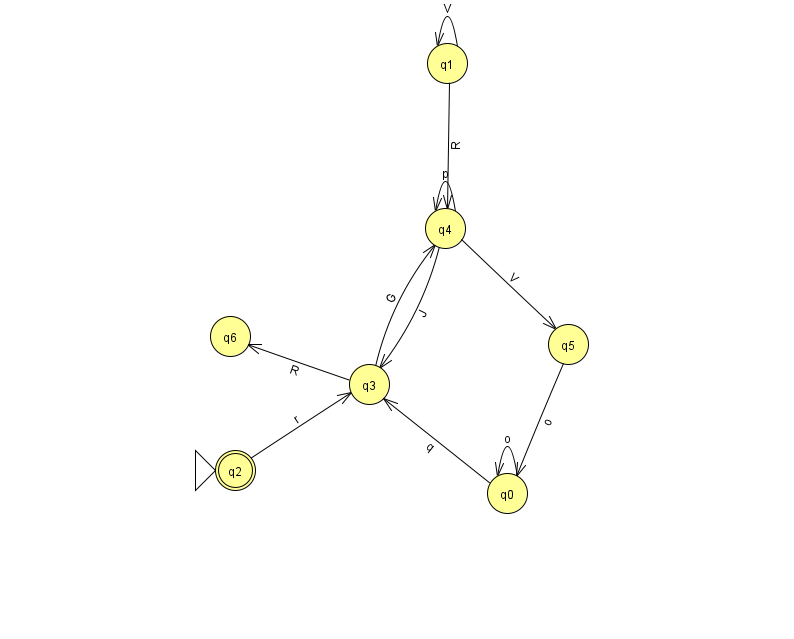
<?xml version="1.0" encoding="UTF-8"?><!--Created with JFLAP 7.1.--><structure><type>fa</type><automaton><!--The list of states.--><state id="0" name="q0"><x>507.0</x><y>480.0</y></state><state id="1" name="q1"><x>447.0</x><y>50.0</y></state><state id="2" name="q2"><x>235.0</x><y>457.0</y><initial/><final/></state><state id="3" name="q3"><x>369.0</x><y>371.0</y></state><state id="4" name="q4"><x>445.0</x><y>215.0</y></state><state id="5" name="q5"><x>568.0</x><y>331.0</y></state><state id="6" name="q6"><x>230.0</x><y>323.0</y></state><!--The list of transitions.--><transition><from>4</from><to>4</to><read>p</read></transition><transition><from>3</from><to>6</to><read>R</read></transition><transition><from>1</from><to>1</to><read>V</read></transition><transition><from>3</from><to>4</to><read>G</read></transition><transition><from>4</from><to>5</to><read>V</read></transition><transition><from>1</from><to>4</to><read>R</read></transition><transition><from>2</from><to>3</to><read>r</read></transition><transition><from>0</from><to>3</to><read>q</read></transition><transition><from>4</from><to>3</to><read>J</read></transition><transition><from>5</from><to>0</to><read>o</read></transition><transition><from>0</from><to>0</to><read>o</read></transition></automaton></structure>